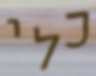
כלי